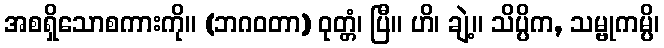
အစရှိသောစကားကို။ (ဘဂဝတာ) ဝုတ္တံ၊ ပြီ။ ဟိ၊ ချဲ့။ သိပ္ပိက, သမ္ဗုကမ္ပိ၊